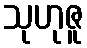
သုဟုဇူ